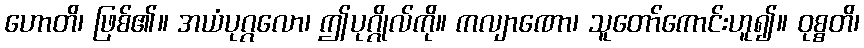
ဟောတိ၊ ဖြစ်၏။ အယံပုဂ္ဂလော၊ ဤပုဂ္ဂိုလ်ကို။ ကလျာဏော၊ သူတော်ကောင်းဟူ၍။ ဝုစ္စတိ၊